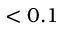
< 0 . 1